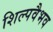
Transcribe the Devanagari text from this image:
शिल्पवैभव